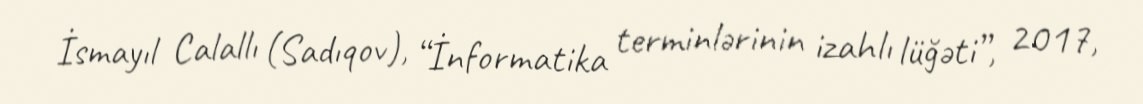
İsmayıl Calallı (Sadıqov), “İnformatika terminlərinin izahlı lüğəti”, 2017,